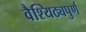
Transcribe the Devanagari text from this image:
वैश्यिठ्यपुर्ण